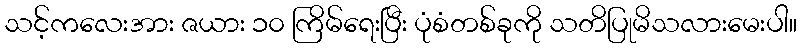
သင့်ကလေးအား ဇယား ၁၀ ကြိမ်ရေးပြီး ပုံစံတစ်ခုကို သတိပြုမိသလားမေးပါ။